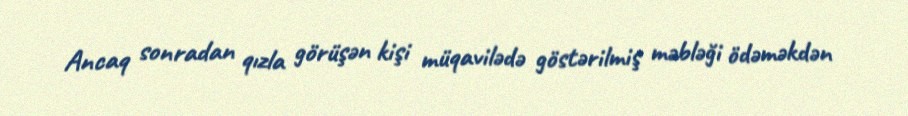
Ancaq sonradan qızla görüşən kişi müqavilədə göstərilmiş məbləği ödəməkdən